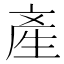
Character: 產